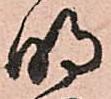
明